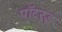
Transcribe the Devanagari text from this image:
पॉटरइ